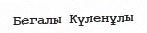
Бегалы Күленұлы